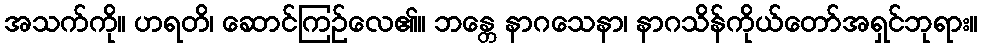
အသက်ကို။ ဟရတိ၊ ဆောင်ကြဉ်လေ၏။ ဘန္တေ နာဂသေနာ၊ နာဂသိန်ကိုယ်တော်အရှင်ဘုရား။